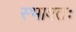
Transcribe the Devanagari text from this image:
स्भावतः